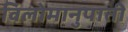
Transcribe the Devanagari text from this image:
विलोमानुपाती